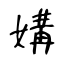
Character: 媾